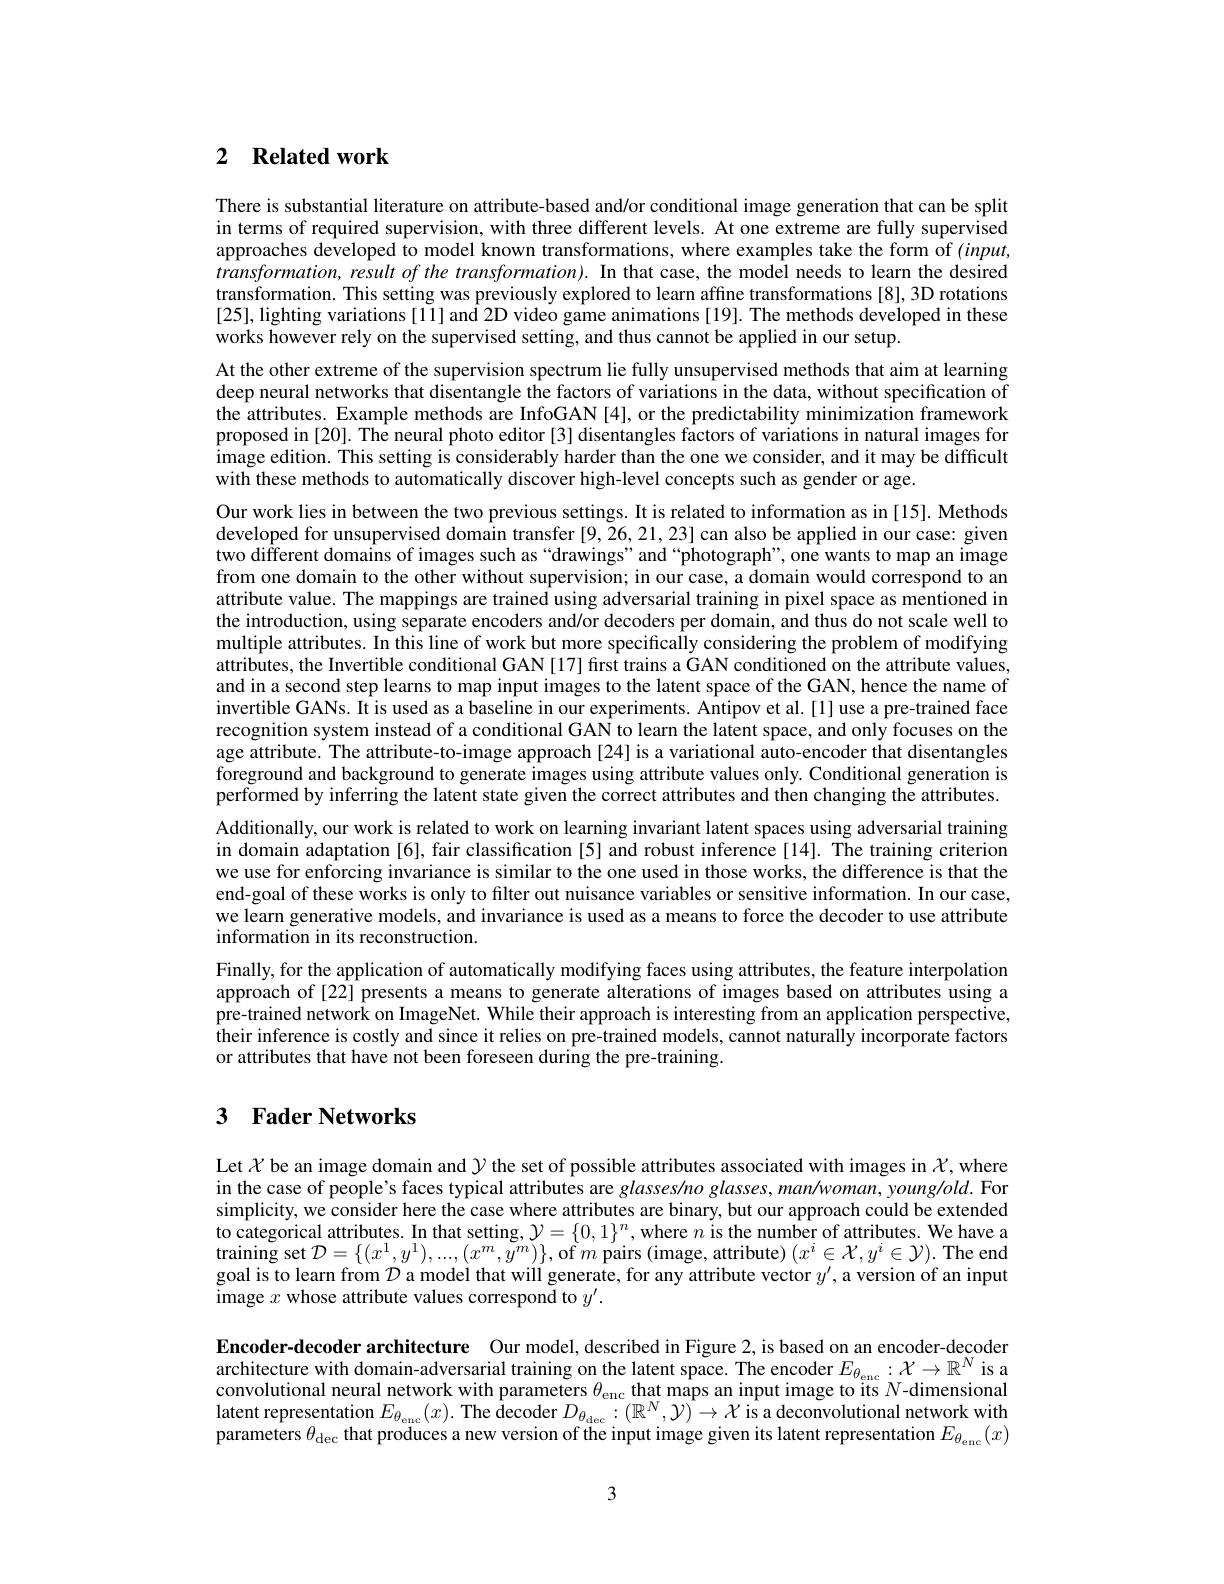
## 2 $\textbf{Related work}$

There is substantial literature on attribute-based and/or conditional image generation that can be split in terms of required supervision, with three different levels. At one extreme are fully supervised approaches developed to model known transformations, where examples take the form of $(input$, $transformation,resultofthe$ transformation).In that case, the model needs to learn the desired transformation. This setting was previously explored to learn affine transformations [8], 3D rotations [25],lighting variations[11] and 2D video game animations[19]. The methods developed in these works however rely on the supervised setting, and thus cannot be applied in our setup.
At the other extreme of the supervision spectrum lie fully unsupervised methods that aim at learning deep neural networks that disentangle the factors of variations in the data, without specification of the attributes. Example methods are InfoGAN [4], or the predictability minimization framework proposed in [20]. The neural photo editor [3] disentangles factors of variations in natural images for image edition. This setting is considerably harder than the one we consider, and it may be difficult with these methods to automatically discover high-level concepts such as gender or age.
Our work lies in between the two previous settings. It is related to information as in[15]. Methods developed for unsupervised domain transfer [9, 26,21,23] can also be applied in our case: given two different domains of images such as“drawings”and“photograph”, one wants to map an image from one domain to the other without supervision; in our case, a domain would correspond to an attribute value. The mappings are trained using adversarial training in pixel space as mentioned in the introduction, using separate encoders and/or decoders per domain, and thus do not scale well to multiple attributes. In this line of work but more specifically considering the problem of modifying attributes, the Invertible conditional GAN [17] first trains a GAN conditioned on the attribute values, and in a second step learns to map input images to the latent space of the GAN, hence the name of invertible GANs. It is used as a baseline in our experiments. Antipov et al.[1] use a pre-trained face recognition system instead of a conditional GAN to learn the latent space, and only focuses on the age attribute. The attribute-to-image approach [24] is a variational auto-encoder that disentangles foreground and background to generate images using attribute values only. Conditional generation is performed by inferring the latent state given the correct attributes and then changing the attributes. Additionally, our work is related to work on learning invariant latent spaces using adversarial training in domain adaptation [6], fair classification [5] and robust inference [14]. The training criterion we use for enforcing invariance is similar to the one used in those works, the difference is that the end-goal of these works is only to filter out nuisance variables or sensitive information. In our case, we learn generative models, and invariance is used as a means to force the decoder to use attribute information in its reconstruction.
Finally, for the application of automatically modifying faces using attributes, the feature interpolation approach of[22] presents a means to generate alterations of images based on attributes using a pre-trained network on ImageNet. While their approach is interesting from an application perspective, their inference is costly and since it relies on pre-trained models, cannot naturally incorporate factors or attributes that have not been foreseen during the pre-training.

## 3 $\textbf{Fader Networks}$

Let $\chi$ be an image domain and $\mathcal{Y}$ the set of possible attributes associated with images in $\mathcal{X}$,where in the case of people's faces typical attributes are glasses/no glasses, man/woman, young/old. For simplicity, we consider here the case where attributes are binary, but our approach could be extended to categorical attributes. In that setting, $\mathcal{Y}=\{0,1\}^n$, where $n$ is the number of attributes. We have a training set $\mathcal{D}=\{(x^1,y^1),...,(x^m,y^m)\}$,of $m$ pairs (image, attribute) $(x^i\in\mathcal{X},y^i\in\mathcal{Y}).$ The end goal is to learn from $\mathcal{D}$ a model that will generate, for any attribute vector $y^\prime$,a version of an input image $x$ whose attribute values correspond to $y^\prime.$

Encoder-decoder architecture Our model,described in Figure 2, is based on an encoder-decoder $\begin{array}{l}\text{architecture with domain-adversarial training on the latent space.The encoder }E_{\theta_\mathrm{enc}}:\mathcal{X}\to\mathbb{R}^N\text{ is a}\\\text{convolutional neural network with parameters }\theta_\mathrm{enc}\text{ that maps an input image to its }N\text{-dimensional}\end{array}$ latent representation $E_{\theta_{\mathrm{enc}}}(x).$ The decoder $D_\theta_{\mathrm{dec}}:(\mathbb{R}^N,\mathcal{Y})\to\mathcal{X}$ is a deconvolutional network with parameters $\theta_\mathrm{dec}$ that produces a new version of the input image given its latent representation $E_\theta_\mathrm{enc}(x)$

3